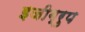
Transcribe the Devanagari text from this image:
इजीग्रुप